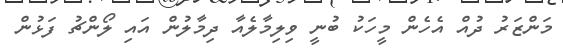
މަންޒަރު ދުއް އެހެން މީހަކު ބުނީ ވިލިމާލެއާ ދިމާލުން އައި ލޯންޗު ފަޅުން